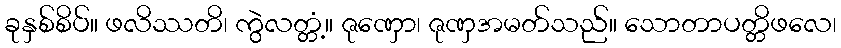
ခုနှစ်စိပ်။ ဖလိဿတိ၊ ကွဲလတ္တံ့။ ဇုဏှော၊ ဇုဏှအမတ်သည်။ သောတာပတ္တိဖလေ၊